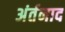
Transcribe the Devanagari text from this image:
अंर्तनाद